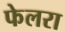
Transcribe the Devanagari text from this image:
फेलरा